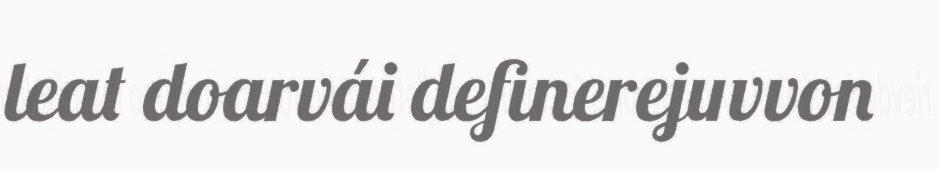
leat doarvái definerejuvvon